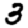
Digit: 3